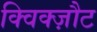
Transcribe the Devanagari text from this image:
क्विक्ज़ौट